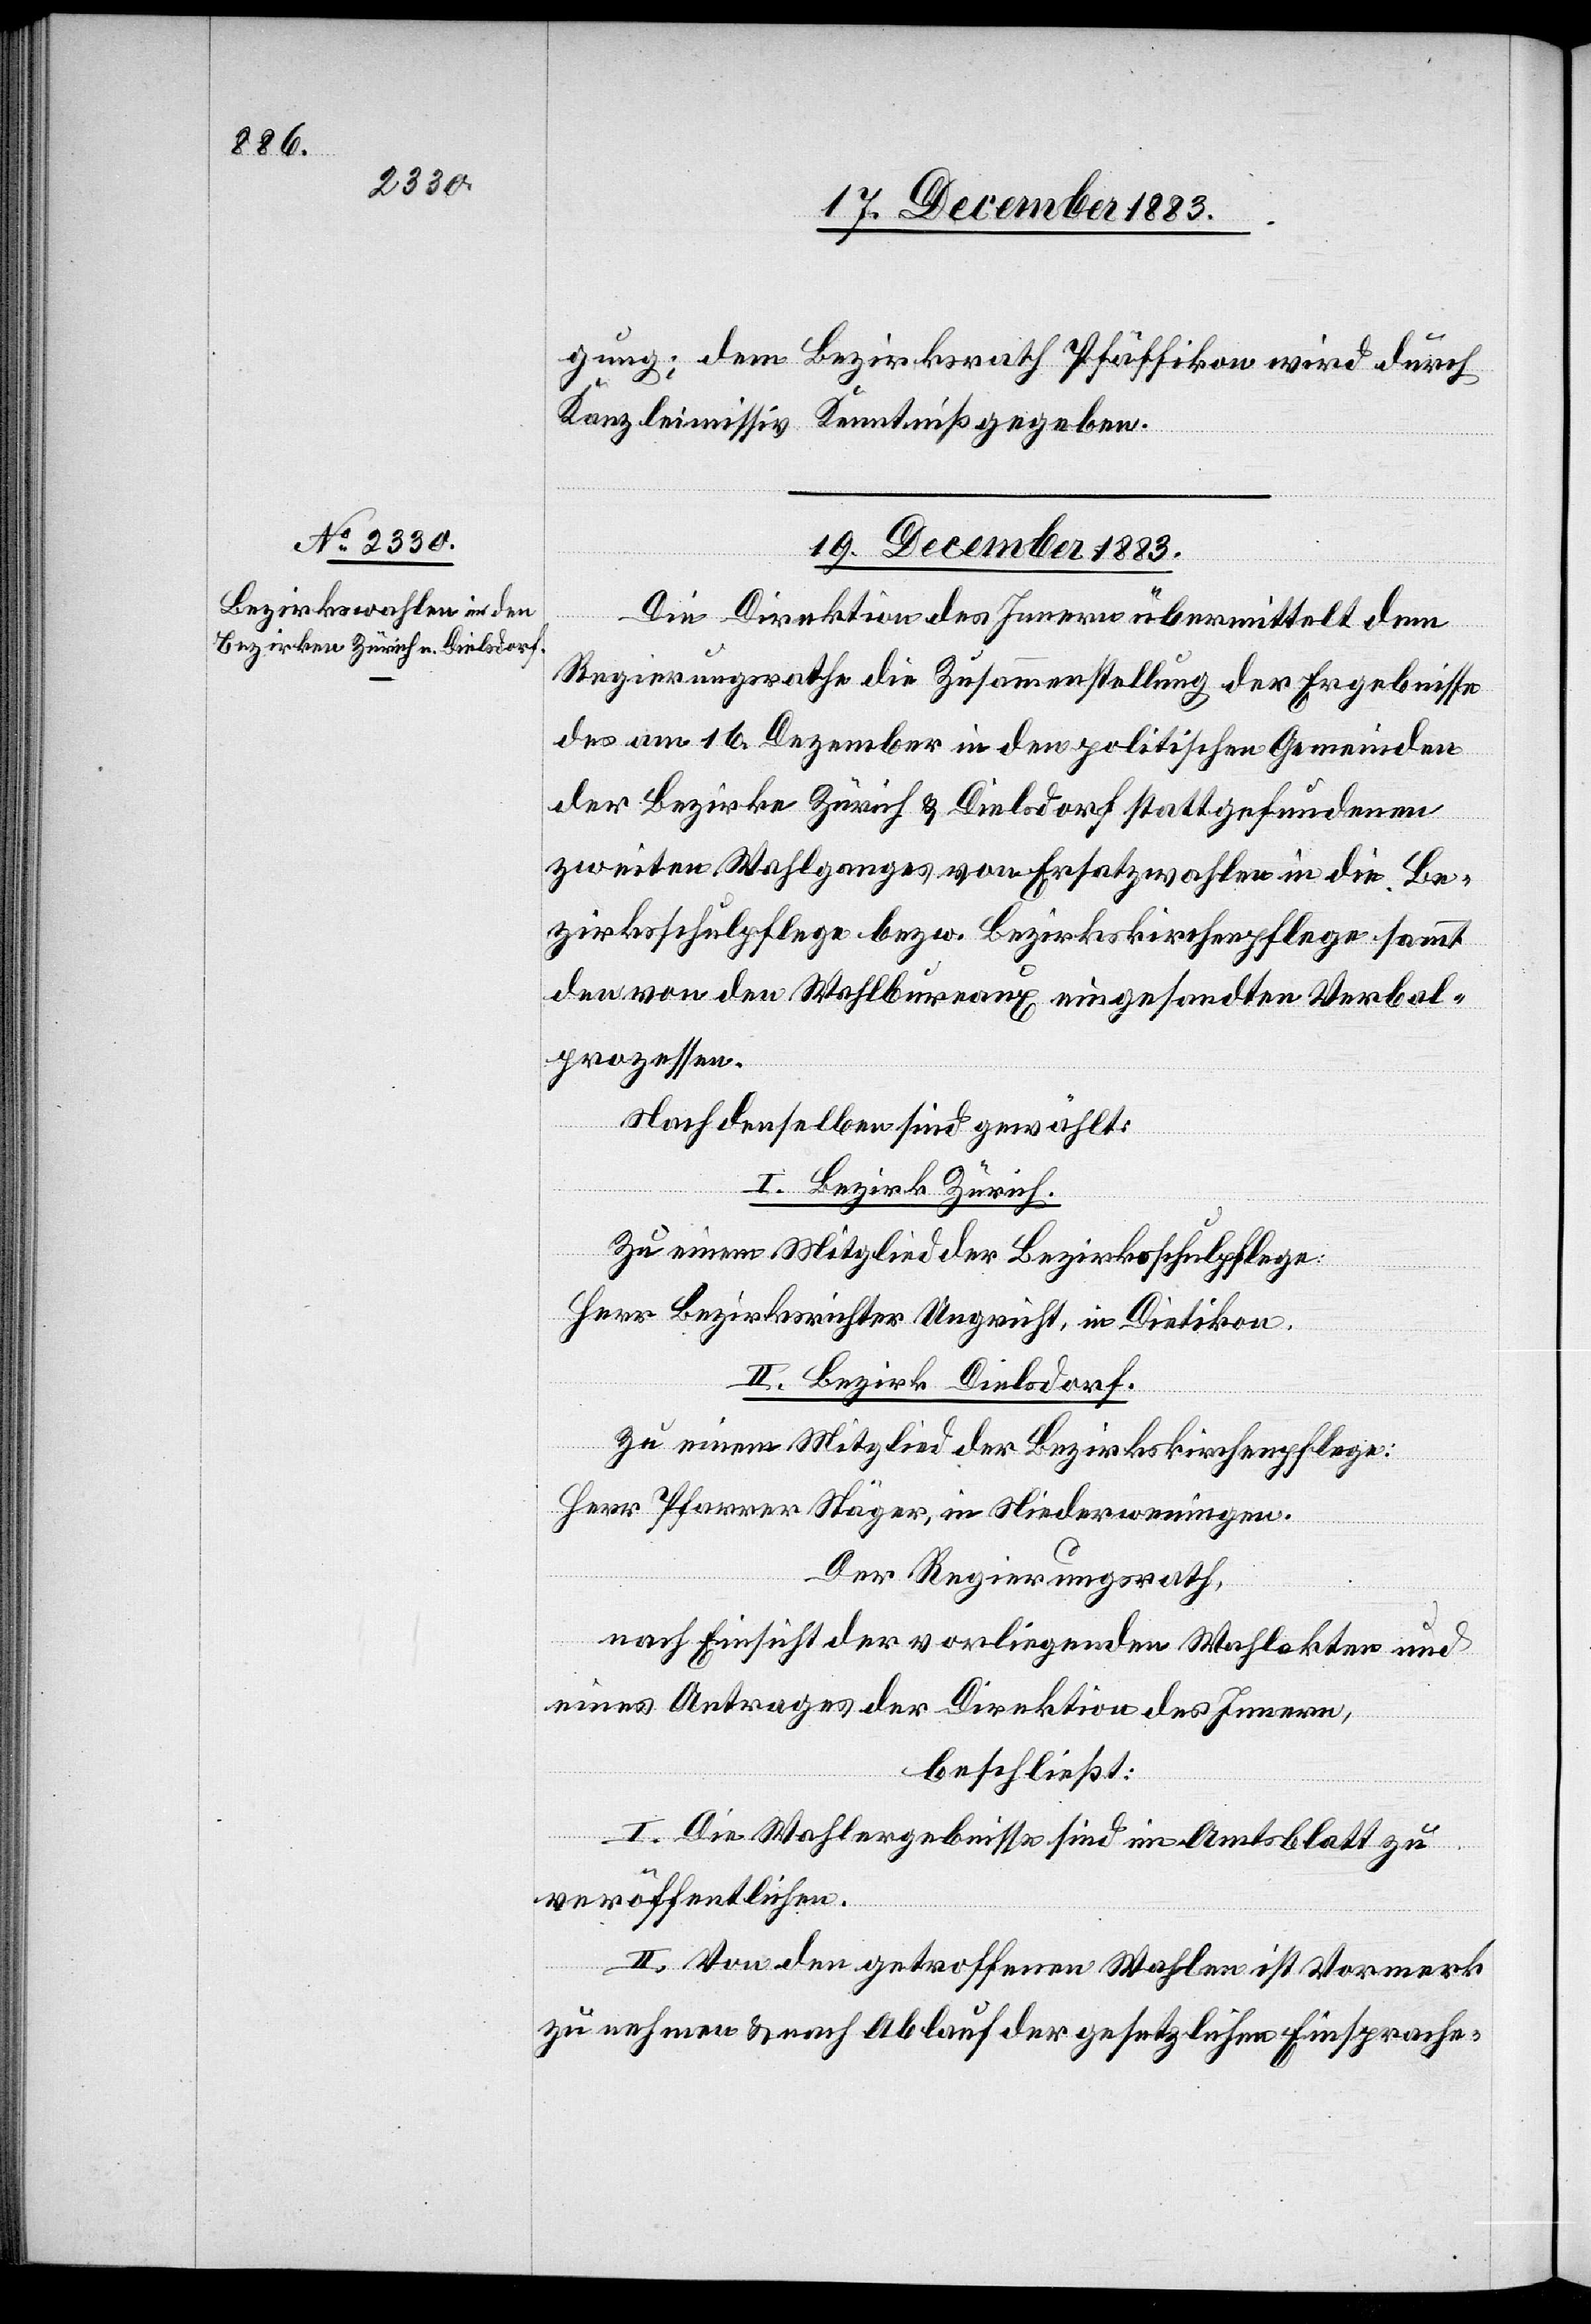
gung; dem Bezirksrath Pfäffikon wird durch
Kanzleimissiv Kenntniß gegeben.
19. December 1883.
Die Direktion des Innern übermittelt dem
Regierungsrathe die Zusammenstellung der Ergebnisse
des am 16. Dezember in den politischen Gemeinden
der Bezirke Zürich & Dielsdorf stattgefundenen
zweiten Wahlganges von Ersatzwahlen in die Be¬
zirksschulpflege bezw. Bezirkskirchenpflege sammt
den von den Wahlbureaux eingesandten Verbal¬
prozessen.
Nach denselben sind gewählt:
I. Bezirk Zürich.
Zu einem Mitglied der Bezirksschulpflege:
Herr Bezirksrichter Ungricht, in Dietikon.
II. Bezirk Dielsdorf.
Zu einem Mitglied der Bezirkskirchenpflege:
Herr Pfarrer Stäger, in Niederweningen.
Der Regierungsrath,
nach Einsicht der vorliegenden Wahlakten und
eines Antrages der Direktion des Innern,
beschließt:
I. Die Wahlergebnisse sind im Amtsblatt zu
veröffentlichen.
II. Von den getroffenen Wahlen ist Vormerk
zu nehmen & nach Ablauf der gesetzlichen Einsprache-